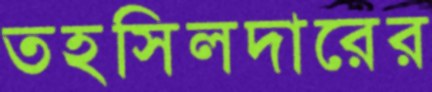
তহসিলদারের